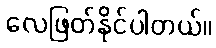
လေဖြတ်နိုင်ပါတယ်။